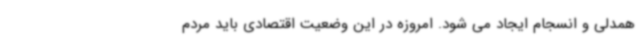
همدلی و انسجام ایجاد می شود. امروزه در این وضعیت اقتصادی باید مردم